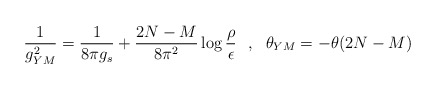
\begin{align*}\frac{1}{g_{YM}^{2}} = \frac{1}{8 \pi g_s} + \frac{2N-M}{8 \pi^2} \log\frac{\rho}{\epsilon}~~,~~\theta_{YM} =- \theta (2N-M)\end{align*}